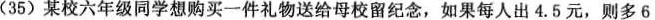
(35)某校六年级同学想购买一件礼物送给母校留纪念，如果每人出4.5元，则多6